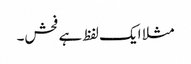
مثلا ایک لفظ ہے فحش۔